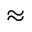
\approx